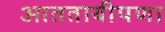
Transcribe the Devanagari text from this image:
आततायीपणा